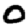
Digit: 0